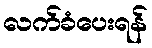
လက်ခံပေးရန်